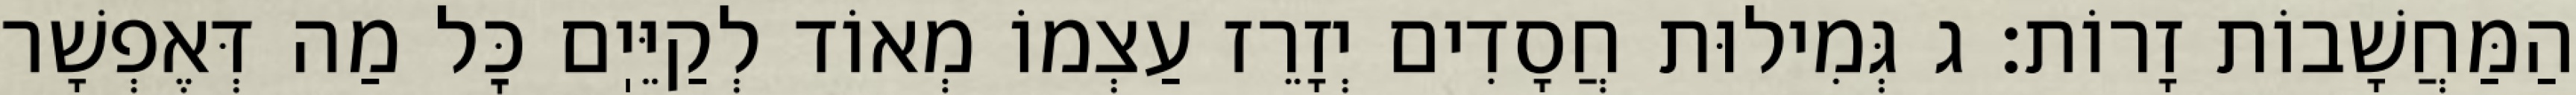
הַמַּחֲשָׁבוֹת זָרוֹת: ג גְּמִילוּת חֲסָדִים יְזָרֵז עַצְמוֹ מְאוֹד לְקַיֵּיֽם כׇּל מַה דְּאֶפְשָׁר